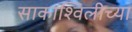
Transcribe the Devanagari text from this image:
साकाश्विलीच्या